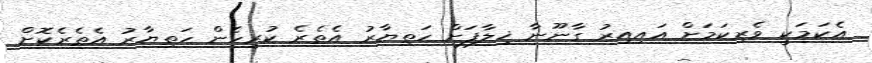
އެކަމަކީ ވެރިކަމަށް އައިއިރު ގާނޫނާ ޚިލާފަށް ހަތިޔާރު އެތެރެ ކުރިހެން ހަތިޔާރު އެތެރެކޮށް